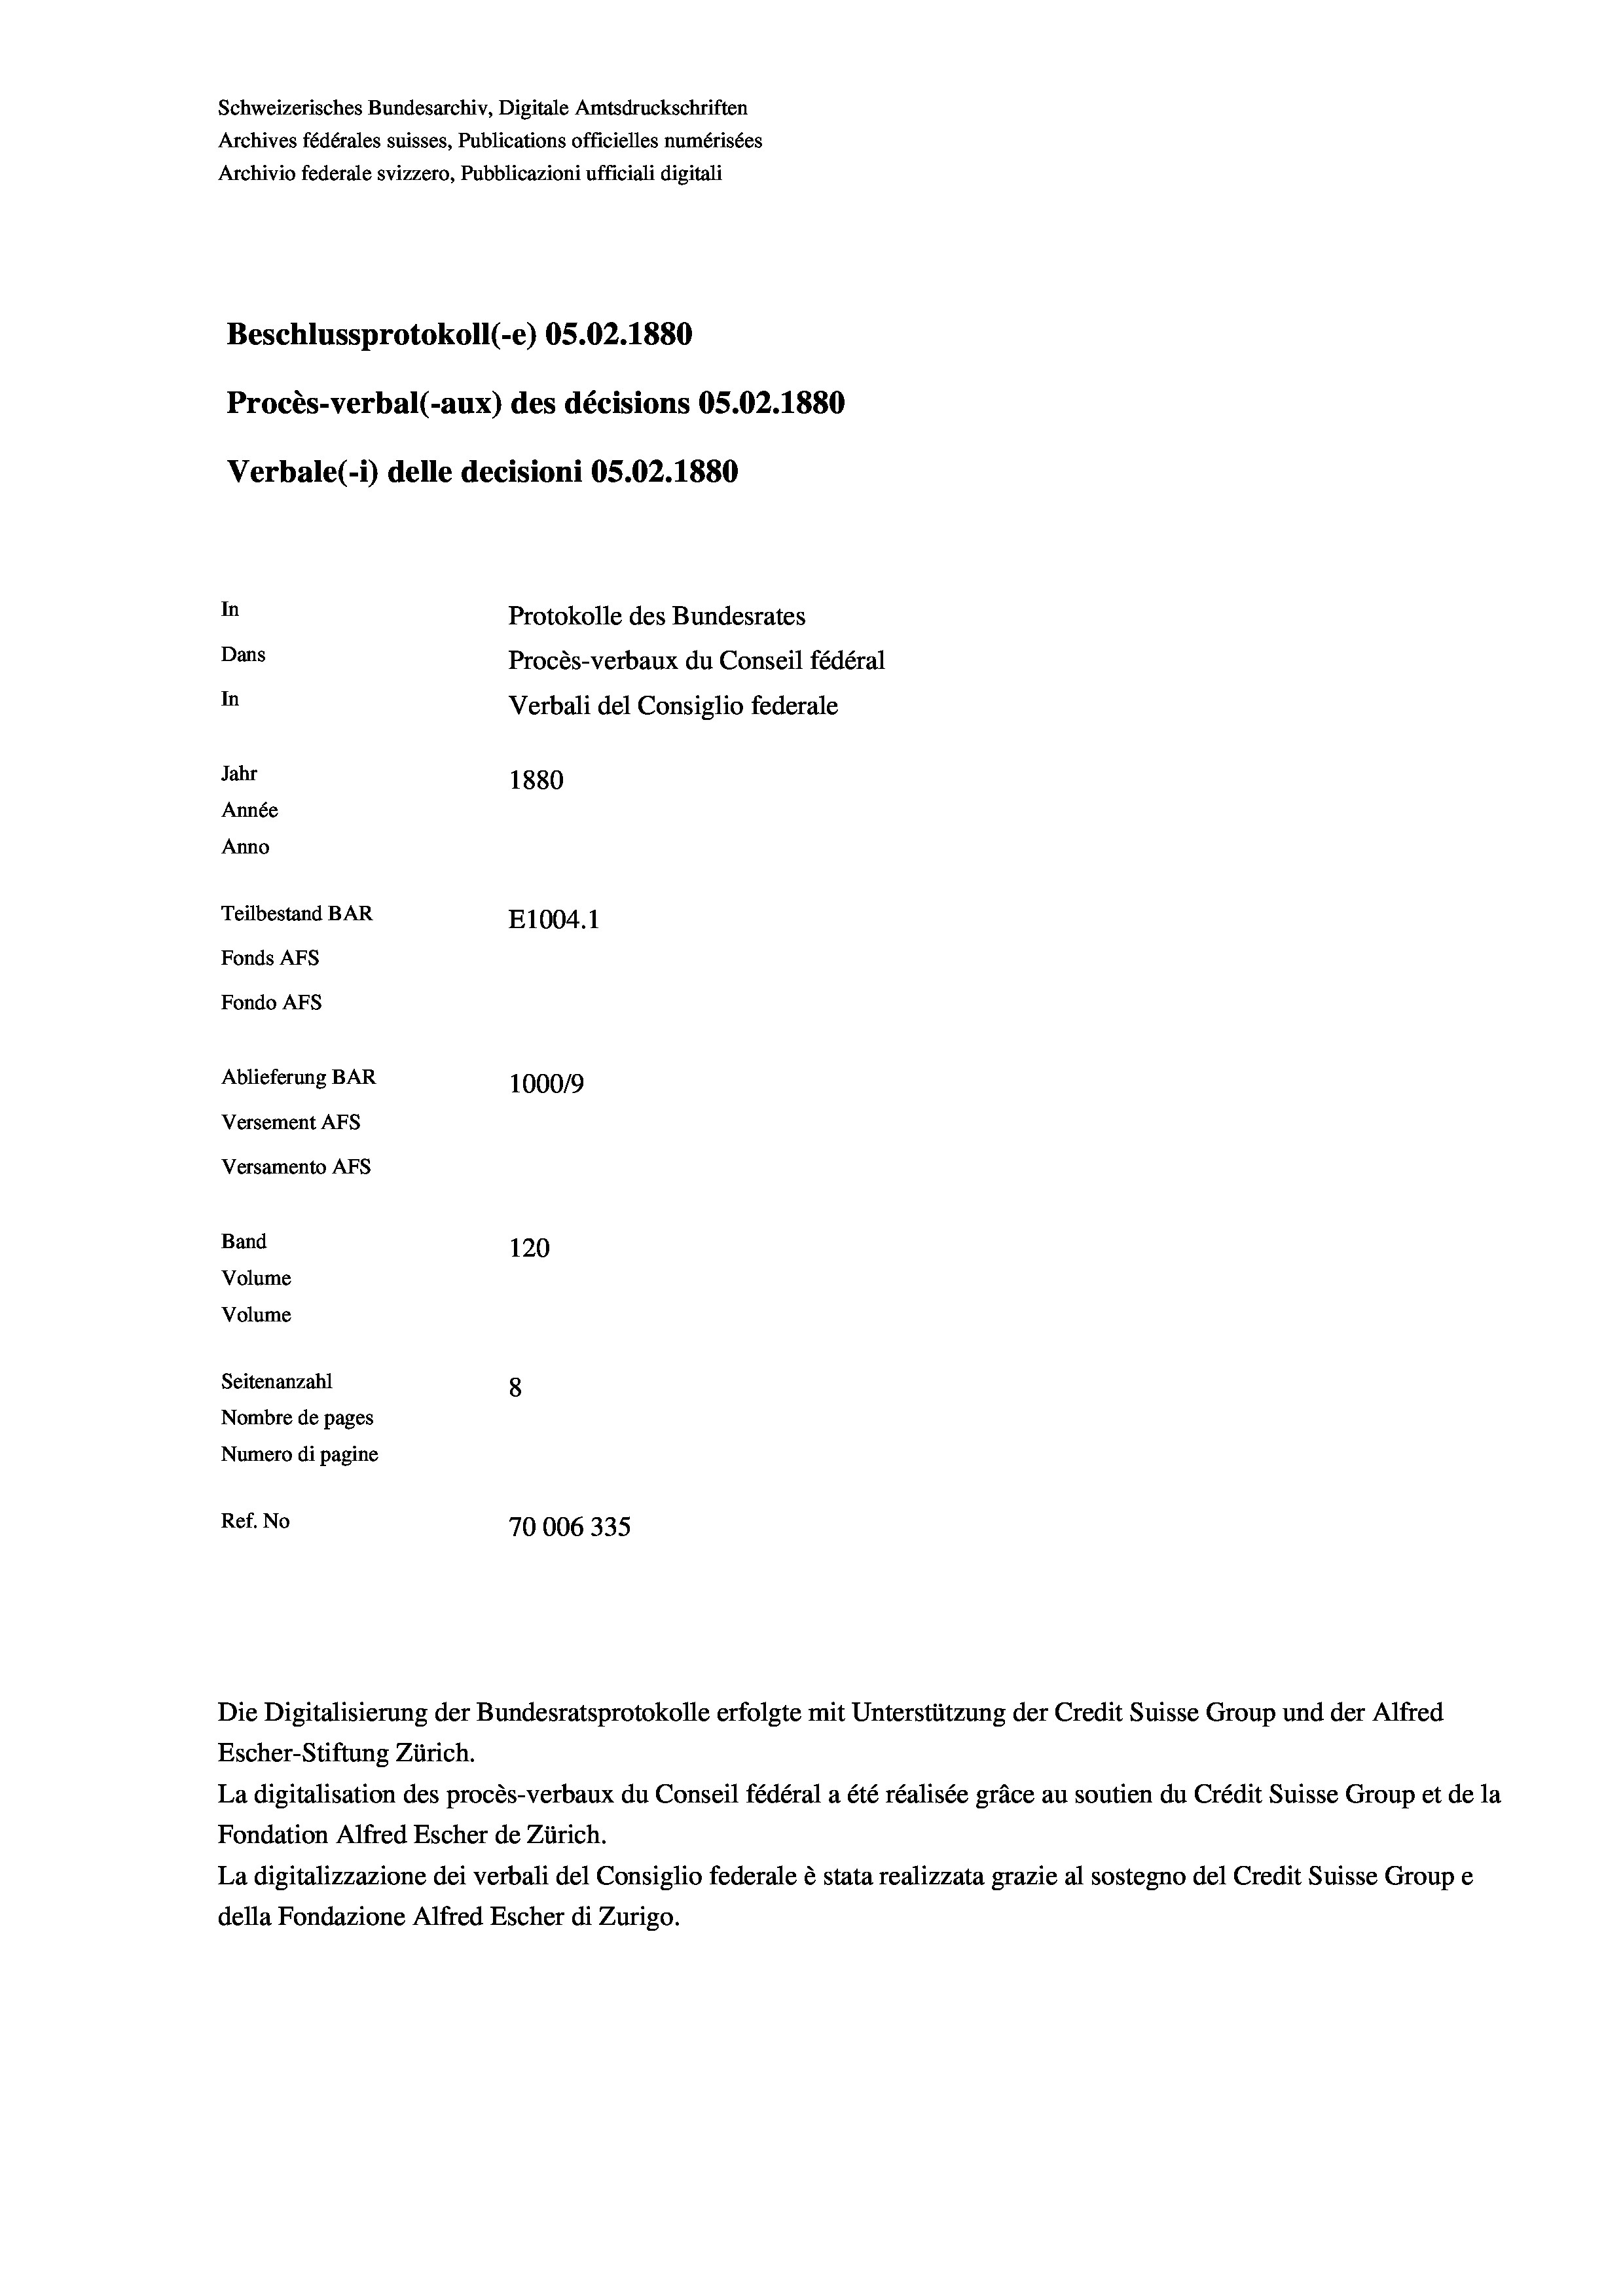
Schweizerisches Bundesarchiv, Digitale Amtsdruckschriften
Archives fédérales suisses, Publications officielles numérisées
Archivio federale svizzero, Pubblicazioni ufficiali digitali
Beschlussprotokoll (-e) OS.02. 1880
Procès-verbal (-aux) des décisions OS.02.1880
Verbale(-*) delle decisioni OS.02.1880
In
Protokolle des Bundesrates
Dans
Procès-verbaux du Conseil fédéral
In
Verbali del Consiglio federale
Jahr
1880
Année
Anno
Teilbestand BAR
E1004.1
Fonds AFs
Fondo AFs
Ablieferung BAR
1000/9
Versement Abs
Versamento AFs
Band
120
Volume
Volume
Seitenanzahl
8
Nombre de pages
Numero di pagine
Ref. No
70006335

Escher-Stiftung Zürich.
La digitalisation des procès-verbaux du Conseil fédéral a été réalisée gräce au soutien du Crédit Suisse Group et de la
Fondation Alfred Escher de Zürich.
La digitalizzazione dei verbali del Consiglio federale è stata realizzata grazie al sostegno del Credit Suisse Groupe
della Fondazione Alfred Escher di Zurigo.

Die Digitalisierung der Bundesratsprotokolle erfolgte mit Unterstützung der Credit Suisse Group und der Alfred